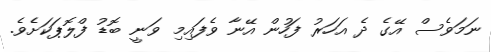
ނަމަވެސް އޭގެ ދެ އަހަރު ފަހުން އޭނާ ވެފައިމި ވަނީ ބޮޑު ފްލޮޕަކަށެވެ.